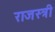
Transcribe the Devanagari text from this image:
राजस्त्री